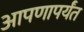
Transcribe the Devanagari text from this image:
आपणापर्यंत